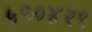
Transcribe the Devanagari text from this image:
५९०४२९